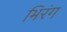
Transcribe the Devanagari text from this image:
भिरंग